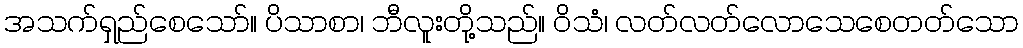
အသက်ရှည်စေသော်။ ပိသာစာ၊ ဘီလူးတို့သည်။ ဝိသံ၊ လတ်လတ်လောသေစေတတ်သော